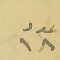
عدد ١٨